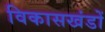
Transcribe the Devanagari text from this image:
विकासखंडों